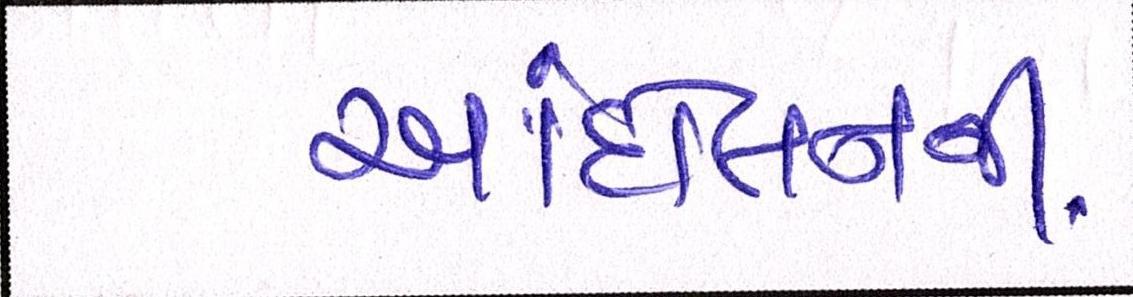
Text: આંદોલનની